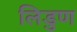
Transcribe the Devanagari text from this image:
लिडुण